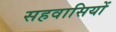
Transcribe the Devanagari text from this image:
सहवासियों